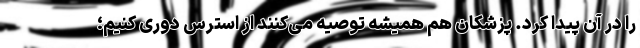
را در آن پیدا کرد. پزشکان هم همیشه توصیه می‌کنند از استرس دوری کنیم؛